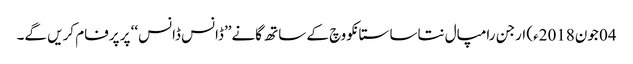
04 جون2018ء) ارجن رامپال نتاسا ستانکووچ کے ساتھ گانے’’ڈانس ڈانس‘‘ پر پرفام کریں گے۔